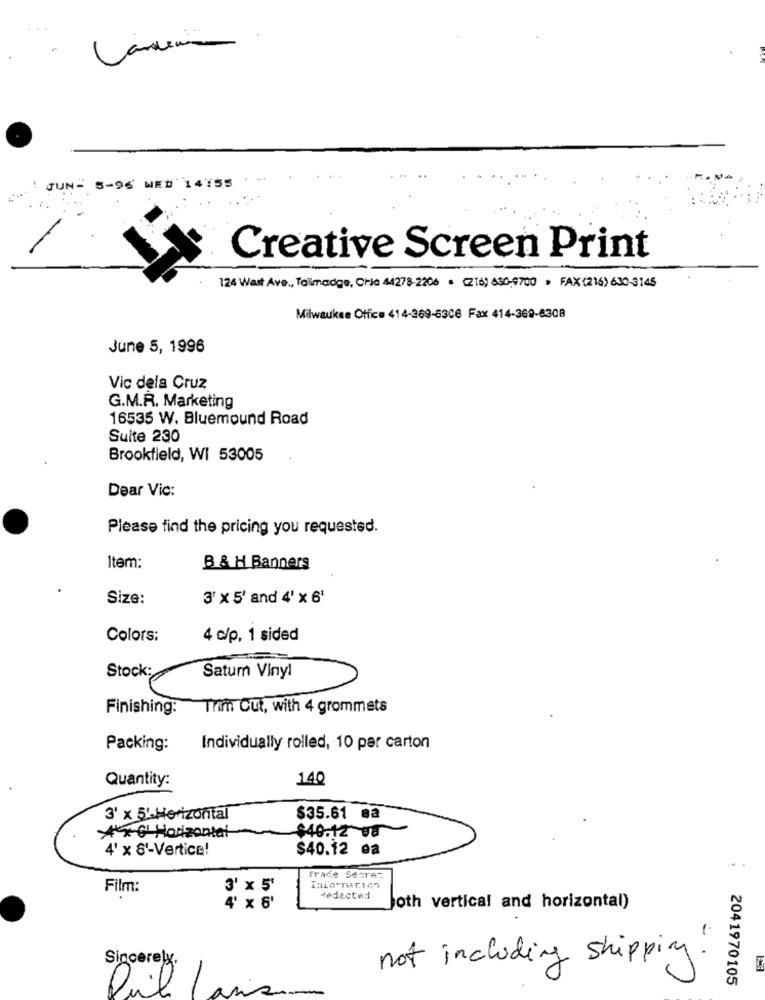
...
JUN- 8-96' WE# 14755
Creative Screen Print
124 Wast Ave ., Talmadge, Crie 44278-2206 · (216) 630-9700 · FAX (216) 630-3145
Milwaukee Office 414-369-6306 Fax 414-368-6308
June 5, 1996
Vic dela Cruz
G.M.R. Marketing
16535 W. Bluemound Road
Suite 230
Brookfield, WI 53005
Dear Vic:
Please find the pricing you requested.
Item:
B & H Banners
Size:
3' x 5' and 4' x 6'
Colors:
4 c/p, 1 sided
Stock:
Satur Vinyl
Finishing:
Trim Cut, with 4 grommets
Packing:
Individually rolled, 10 par carton
Quantity:
140
3' x 5%-Horizontal
$35.61 ea
** G' Horizontal
$40.12 08
4' x 6'-Vertice!
$40.12 ea
Trade Sesrez
Film:
3' x.5'
Hedacted
4' x 6'
both vertical and horizontal)
Sincerely,
not including shipping!
2041970105
Dul Casi